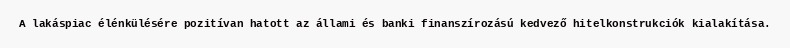
A lakáspiac élénkülésére pozitívan hatott az állami és banki finanszírozású kedvező hitelkonstrukciók kialakítása.